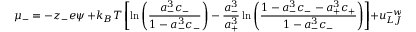
\mu _ { - } = - z _ { - } e \psi \, + k _ { B } T \left[ \ln \left( { \frac { a _ { - } ^ { 3 } c _ { - } } { 1 - a _ { - } ^ { 3 } c _ { - } } } \right) - \frac { a _ { - } ^ { 3 } } { a _ { + } ^ { 3 } } \ln \left( { \frac { 1 - a _ { - } ^ { 3 } c _ { - } - a _ { + } ^ { 3 } c _ { + } } { 1 - a _ { - } ^ { 3 } c _ { - } } } \right) \right] + u _ { L J } ^ { - w } ( x )